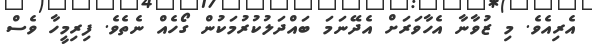
އެރިއެވެ. މި ޒުވާނާ އެހާވަރަށް އެދޭނަމަ ބައްދަލުކުރުމަކުން ގޯހެއް ނެތެވެ. ފިރިމީހާ ވެސް